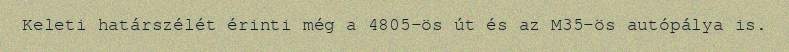
Keleti határszélét érinti még a 4805-ös út és az M35-ös autópálya is.